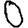
Digit: 0